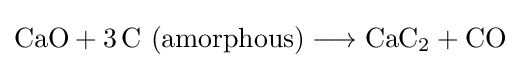
{\mathrm {CaO} {}+{}3\,\mathrm {C} ~(\mathrm {amorphous} ){}\mathrel {\longrightarrow } {}\mathrm {CaC} {\vphantom {A}}_{\smash[{t}]{2}}{}+{}\mathrm {CO} }